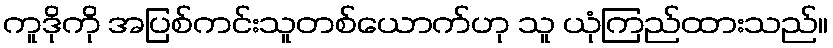
ကူဒိုကို အပြစ်ကင်းသူတစ်ယောက်ဟု သူ ယုံကြည်ထားသည်။